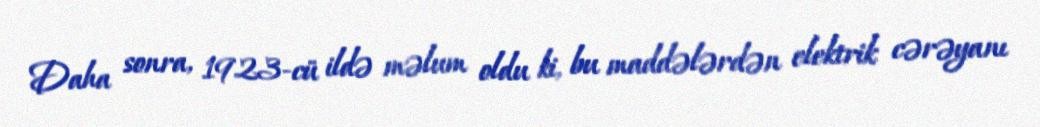
Daha sonra, 1923-cü ildə məlum oldu ki, bu maddələrdən elektrik cərəyanı